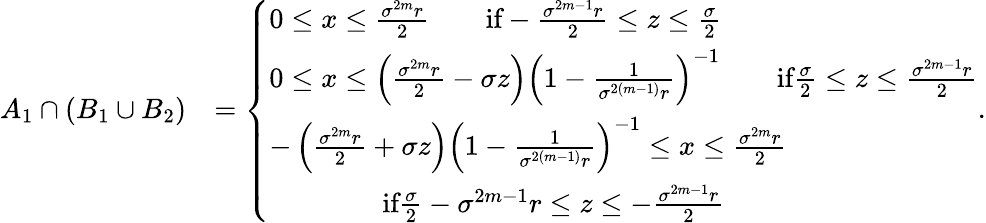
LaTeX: \begin{array}{rl}{A_{1}\cap(B_{1}\cup B_{2})}&{=\left\{ \begin{array}{ll}{0\leq x\leq\frac{\sigma^{2m}r}{2}\qquad\textrm{if}-\frac{\sigma^{2m-1}r}{2}\leq z\leq\frac{\sigma}{2}}\\ {0\leq x\leq\left(\frac{\sigma^{2m}r}{2}-\sigma z\right)\left(1-\frac{1}{\sigma^{2(m-1)}r}\right)^{-1}\qquad\textrm{if}\frac{\sigma}{2}\leq z\leq\frac{\sigma^{2m-1}r}{2}}\\ {-\left(\frac{\sigma^{2m}r}{2}+\sigma z\right)\left(1-\frac{1}{\sigma^{2(m-1)}r}\right)^{-1}\leq x\leq\frac{\sigma^{2m}r}{2}}\\ {\qquad\qquad\textrm{if}\frac{\sigma}{2}-\sigma^{2m-1}r\leq z\leq-\frac{\sigma^{2m-1}r}{2}}\end{array}\right..}\end{array}